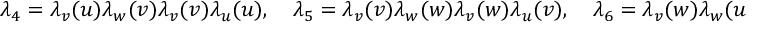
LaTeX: \lambda _ { 4 } = \lambda _ { v } ( u ) \lambda _ { w } ( v ) \lambda _ { v } ( v ) \lambda _ { u } ( u ) , \quad \lambda _ { 5 } = \lambda _ { v } ( v ) \lambda _ { w } ( w ) \lambda _ { v } ( w ) \lambda _ { u } ( v ) , \quad \lambda _ { 6 } = \lambda _ { v } ( w ) \lambda _ { w } ( u ) \lambda _ { v } ( u ) \lambda _ { u } ( w )